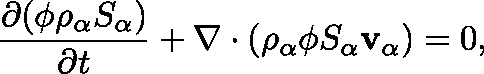
\frac { \partial ( \phi \rho _ { \alpha } S _ { \alpha } ) } { \partial t } + \nabla \cdot ( \rho _ { \alpha } \phi S _ { \alpha } \mathbf { v _ { \alpha } } ) = 0 ,